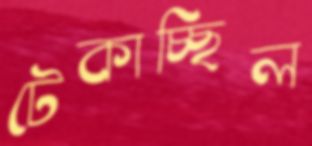
টেকাচ্ছিল